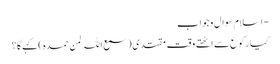
- اسلام سوال و جواب
کیا رکوع سے اٹھتے وقت مقتدی ( سمع اللہ لمن حمدہ ) کہےگا ؟